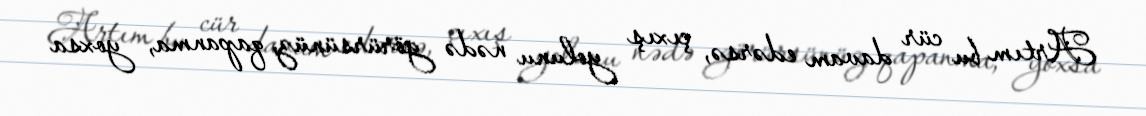
Artım bu cür davam edərsə, çıxış yolunu nədə görürsünüz, qapanma, yoxsa